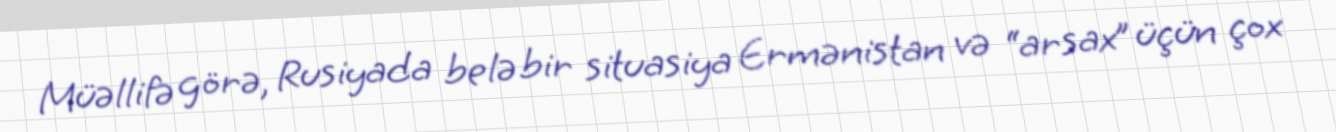
Müəllifə görə, Rusiyada belə bir situasiya Ermənistan və “arsax” üçün çox